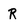
Character: R